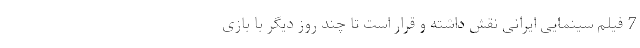
7 فیلم سینمایی ایرانی نقش داشته و قرار است تا چند روز دیگر با بازی